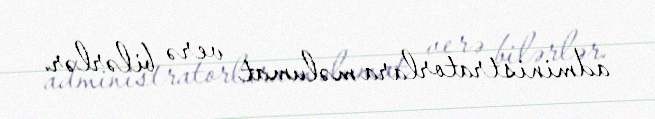
administratorlara məlumat verə bilərlər.